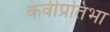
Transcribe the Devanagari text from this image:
कवीप्रतिभा